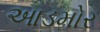
આડમોર